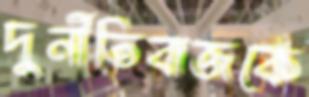
দুর্নীতিবাজকে